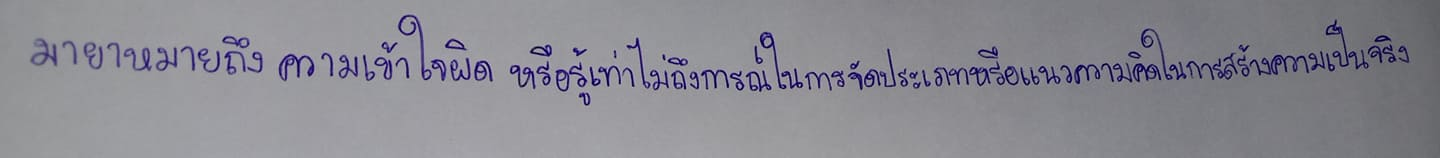
มายาหมายถึงความเข้าใจผิดหรือรู้เท่าไม่ถึงการณ์ในการจัดประเภทหรือแนวความคิดในการสร้างความเป็นจริง